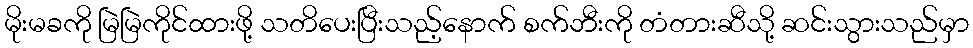
မိုးမခကို မြဲမြဲကိုင်ထားဖို့ သတိပေးပြီးသည့်နောက် စက်ဘီးကို တံတားဆီသို့ ဆင်းသွားသည်မှာ